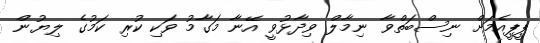
ޕީޕީއެމަށް ނިސްބަތްވާ ނިމާލް ވިދާޅުވީ އޭނާ މަގާމު ވަކި ކުރި ކަމުގެ ލިޔުން